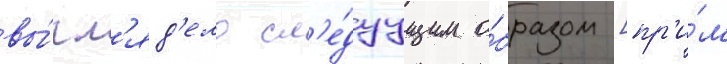
вы́гл'яд'ело сл'е́дуущим о́бразом [пр'и́м